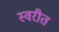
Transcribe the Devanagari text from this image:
स्वरीत